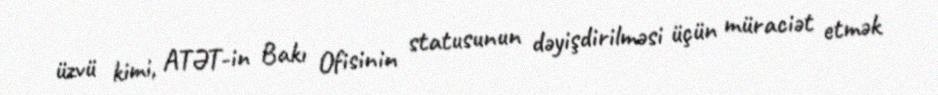
üzvü kimi, ATƏT-in Bakı Ofisinin statusunun dəyişdirilməsi üçün müraciət etmək